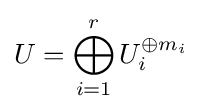
U=\bigoplus _{i=1}^{r}U_{i}^{\oplus m_{i}}